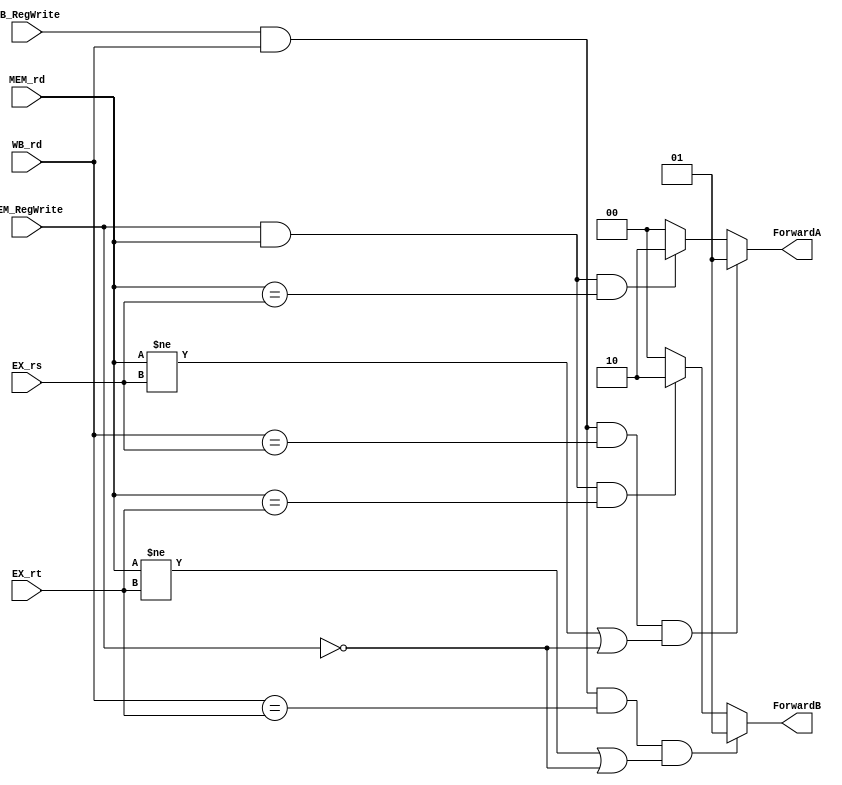
module Forwarding (
    input wire [4:0] EX_rs,
    input wire [4:0] EX_rt,
    input wire [4:0] MEM_rd,
    input wire [4:0] WB_rd,
    input wire MEM_RegWrite,
    input wire WB_RegWrite,
    output reg [1:0] ForwardA,
    output reg [1:0] ForwardB
    );
    always @*
        if (WB_RegWrite && WB_rd && (WB_rd == EX_rs) &&
                ((MEM_rd != EX_rs) || (~MEM_RegWrite)))
            ForwardA = 2'b01;
        else if (MEM_RegWrite && MEM_rd && (MEM_rd == EX_rs))
            ForwardA = 2'b10;
        else
            ForwardA = 2'b00;
    always @*
        if (WB_RegWrite && WB_rd && (WB_rd == EX_rt) &&
                ((MEM_rd != EX_rt) || (~MEM_RegWrite)))
            ForwardB = 2'b01;
        else if (MEM_RegWrite && MEM_rd && (MEM_rd == EX_rt))
            ForwardB = 2'b10;
        else
            ForwardB = 2'b00;
endmodule